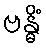
ဗန္ဓိံ